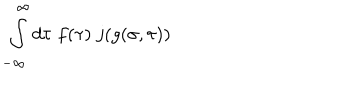
LaTeX: \int _ { - \infty } ^ { \infty } d \tau \; f ( \tau ) \; j ( g ( \sigma , \tau ) )